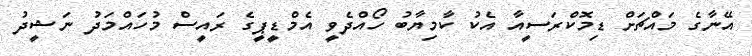
އޭނާގެ މައްޗަށް ޑިމޮކްރަސީއާ އެކު ކާމިޔާބު ހޯއްދެވީ އެމްޑީޕީގެ ރައީސް މުހައްމަދު ނަޝީދު